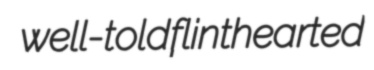
well-told flinthearted